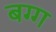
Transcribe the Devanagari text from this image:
बग्ग